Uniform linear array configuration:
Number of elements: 48
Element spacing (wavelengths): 0.5
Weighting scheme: hann
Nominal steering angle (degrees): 0
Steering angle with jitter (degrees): -0.1792
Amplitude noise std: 0.05
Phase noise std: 0.05

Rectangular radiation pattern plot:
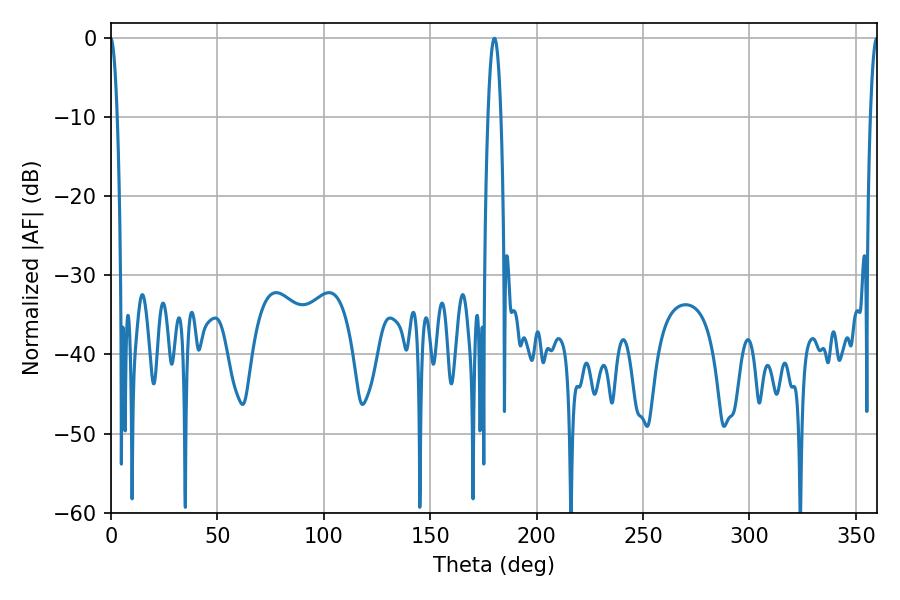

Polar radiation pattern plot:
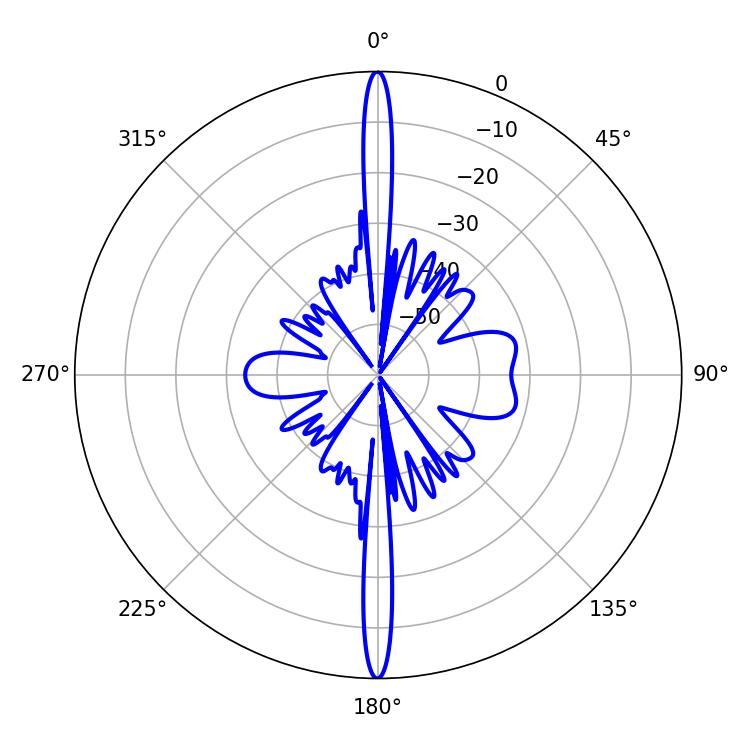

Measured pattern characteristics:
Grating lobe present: FALSE
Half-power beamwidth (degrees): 1.8
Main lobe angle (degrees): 359.82